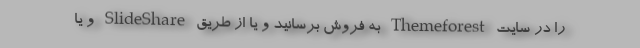
را در سایت Themeforest به فروش برسانید و یا از طریق SlideShare و یا